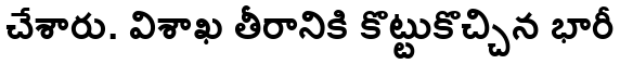
చేశారు. విశాఖ తీరానికి కొట్టుకొచ్చిన భారీ